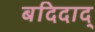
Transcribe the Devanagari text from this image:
बदिदाद्